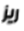
ريز